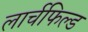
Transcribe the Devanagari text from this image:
लार्चफिल्ड